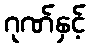
ဂုဏ်နှင့်